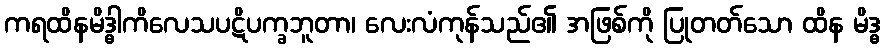
ကရထိနမိဒ္ဓါကိလေသပဋိပက္ခဘူတာ၊ လေးလံကုန်သည်၏ အဖြစ်ကို ပြုတတ်သော ထိန မိဒ္ဓ